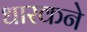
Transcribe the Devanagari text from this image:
धारकने